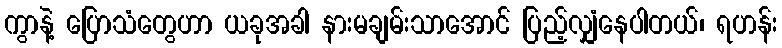
ကွာနဲ့ ပြောသံတွေဟာ ယခုအခါ နားမချမ်းသာအောင် ပြည့်လျှံနေပါတယ်၊ ရဟန်း